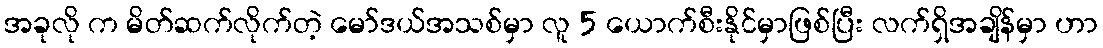
အခုလို က မိတ်ဆက်လိုက်တဲ့ မော်ဒယ်အသစ်မှာ လူ 5 ယောက်စီးနိုင်မှာဖြစ်ပြီး လက်ရှိအချိန်မှာ ဟာ